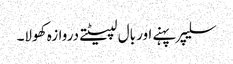
سلیپر پہنے اور بال لپیٹتے دروازہ کھولا۔